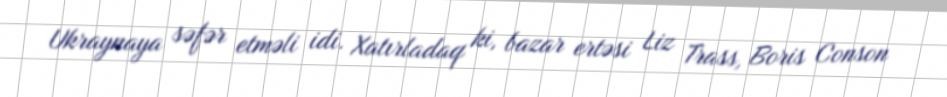
Ukraynaya səfər etməli idi. Xatırladaq ki, bazar ertəsi Liz Trass, Boris Conson